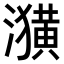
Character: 𤂲